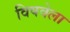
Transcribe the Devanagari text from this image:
विषवेला